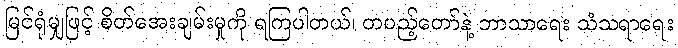
မြင်ရုံမျှဖြင့် စိတ်အေးချမ်းမှုကို ရကြပါတယ်၊ တပည့်တော်နဲ့ ဘာသာရေး သံသရာရေး